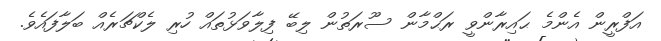
އަފްރީން އެންމެ ޙައިރާންވީ ރަޙްމާން ސޫރަތުން ލިބޭ ފިލާވަޅުތައް ހުރި ލެކްޗަރެއް ބަލާފައެވެ.